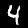
Digit: 4